Annual report on the working of the lock hospitals in the Central Provinces
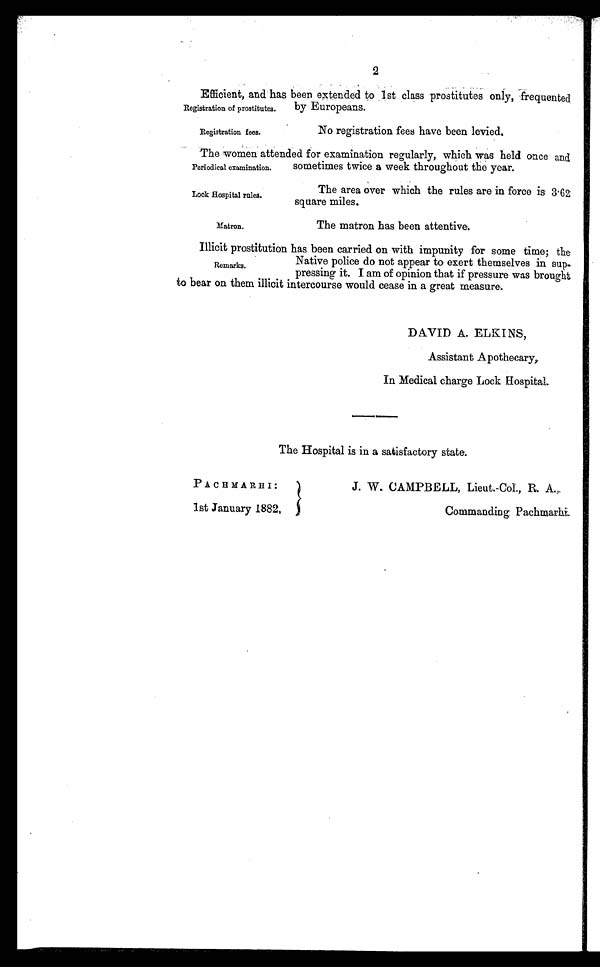
2
Registration of prostitutes.
Efficient, and has been extended to 1st class prostitutes only, frequented
by Europeans.
Registration fees.
No registration fees have been levied.
Periodical examination.
The women attended for examination regularly, which was held once and
sometimes twice a week throughout the year.
Look Hospital rules.
The area over which the rules are in force is 3.62
square miles.
Matron.
The matron has been attentive.
Remarks.
Illicit prostitution has been carried on with impunity for some time; the
Native police do not appear to exert themselves in sup
-pressing it. I am of opinion that if pressure was brought
to bear on them illicit intercourse would cease in a great measure.
DAVID A. ELKINS,
Assistant Apothecary,
In Medical charge Lock Hospital.
The Hospital is in a satisfactory state.
PACHMARHI:
J. W. CAMPBELL, Lieut.-Col., R. A.,
1st January 1882,
Commanding. Pachmarhi.